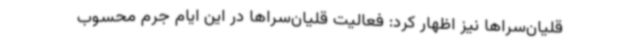
قلیان‌سراها نیز اظهار کرد: فعالیت قلیان‌سراها در این ایام جرم محسوب